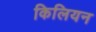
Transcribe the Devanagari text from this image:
किलियन